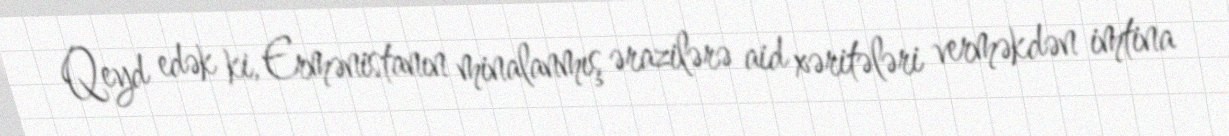
Qeyd edək ki, Ermənistanın minalanmış ərazilərə aid xəritələri verməkdən imtina